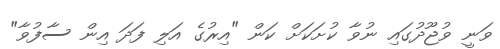
ވަނީ ވުޖޫދުގައި ނުވާ ކުށަކަށް ކަން "އިރުގެ އަލި ފަދަ އިން ސާފުވާ"